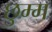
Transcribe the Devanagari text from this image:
छुम्म